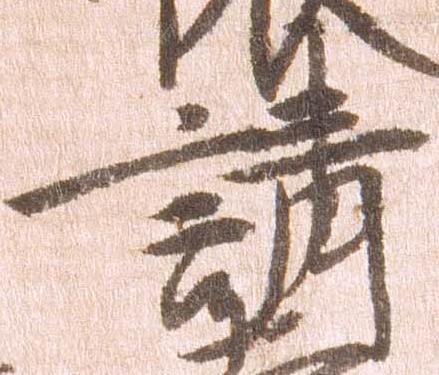
請